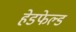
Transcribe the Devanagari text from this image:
हेडफेल्ड